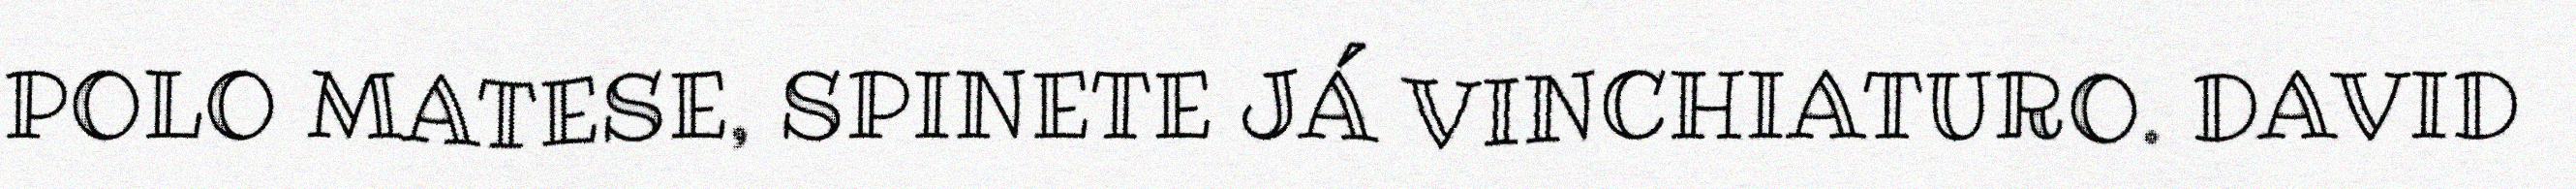
POLO MATESE, SPINETE JÁ VINCHIATURO. DAVID